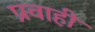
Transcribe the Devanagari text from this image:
प्रवाहीं